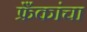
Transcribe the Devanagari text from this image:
फ्रँकांचा